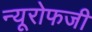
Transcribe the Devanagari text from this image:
न्यूरोफजी